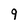
Character: 9